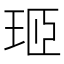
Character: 㺿